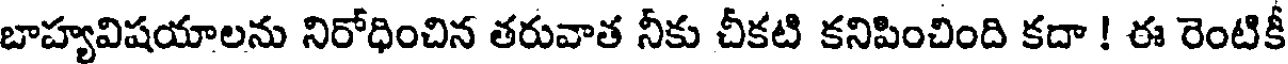
బాహ్యవిషయాలను నిరోధించిన తరువాత నీకు చీకటి కనిపించింది కదా ! ఈ రెంటికీ